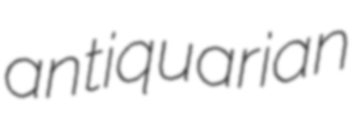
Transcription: antiquarian